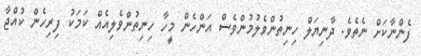
ފެންނާކަށް ނެތެވެ. ދާނިޔަލް ހިނިތުންވެލުމުންވެސް އަންހެން މީހާ ހިނިތުންވެލިއެއް ކަމަކު ފިރިހެން ކުއްޖާ